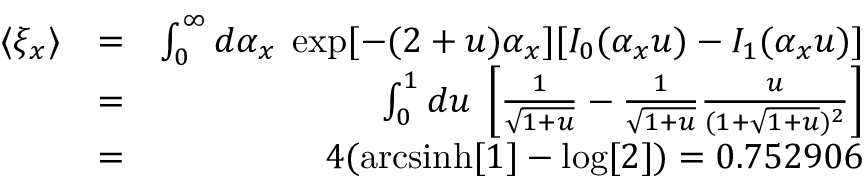
\begin{array} { r l r } { \langle \xi _ { x } \rangle } & { = } & { \int _ { 0 } ^ { \infty } d \alpha _ { x } \; \exp [ - ( 2 + u ) \alpha _ { x } ] [ I _ { 0 } ( \alpha _ { x } u ) - I _ { 1 } ( \alpha _ { x } u ) ] } \\ & { = } & { \int _ { 0 } ^ { 1 } d u \; \left[ \frac { 1 } { \sqrt { 1 + u } } - \frac { 1 } { \sqrt { 1 + u } } \frac { u } { ( 1 + \sqrt { 1 + u } ) ^ { 2 } } \right] } \\ & { = } & { 4 ( \mathrm { a r c s i n h } [ 1 ] - \log [ 2 ] ) = 0 . 7 5 2 9 0 6 } \end{array}